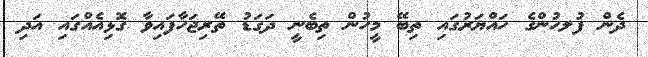
ދެން ފުލހުންގެ ހައްޔަރުގައި ތިބޭ މީހުން ތިބެނީ ދަގަޑު ތޭރިޖަހާފައިވާ ގޮޅިއެއްގައި އަދި